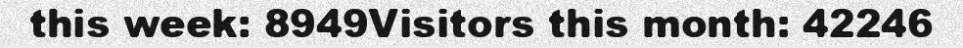
this week: 8949Visitors this month: 42246